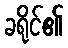
ခရိုင်၏